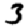
Digit: 3